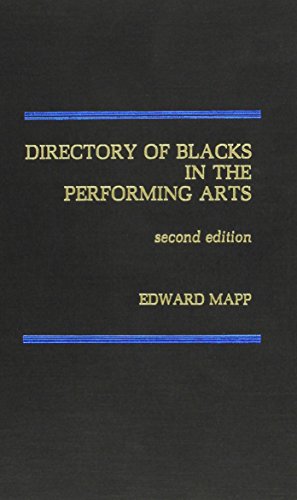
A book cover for Directory of Blacks in the Performing Arts (Ccrs Series on Change in Contemporary); Edward C. Mapp; Humor & Entertainment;